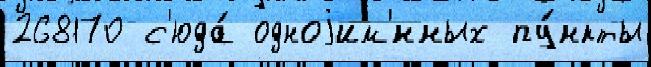
268170 с'юда́ одноjим'́нных пу́нкты